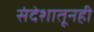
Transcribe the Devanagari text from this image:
संदेशातूनही